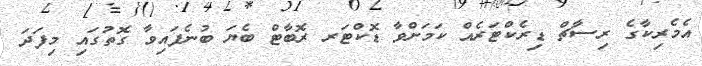
އެމެރިކާގެ ރިސާޗް ޑިރެކްޓަރެއް ކަމަށްވާ ޑޮކްޓަރ ރޮބާޓް ބެޔަ ބުނެފައިވާ ގޮތުގައި މިފަދަ